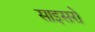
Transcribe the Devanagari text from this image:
साइसरो